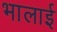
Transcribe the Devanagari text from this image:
भालाई